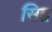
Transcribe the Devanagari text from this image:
सिद्ब